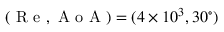
( \mathrm { ~ R ~ e ~ } , \mathrm { ~ A ~ o ~ A ~ } ) = ( 4 \times 1 0 ^ { 3 } , 3 0 ^ { \circ } )